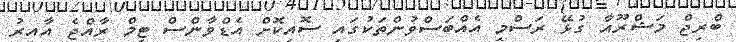
ބްރިޖް މަޝްރޫއާ ގުޅޭ ރަސްމީ އެއްބަސްވުންތަކުގައި ސޮއިކޮށް އެޑްވާންސް ޓީމް ރާއްޖެ އާއިރު